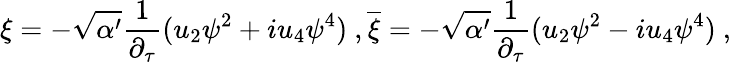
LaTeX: \xi=-\sqrt{\alpha^{\prime}}\frac{1}{\partial_{\tau}}(u_{2}\psi^{2}+iu_{4}\psi^{4})\ ,\overline{{{\xi}}}=-\sqrt{\alpha^{\prime}}\frac{1}{\partial_{\tau}}(u_{2}\psi^{2}-iu_{4}\psi^{4})\ ,